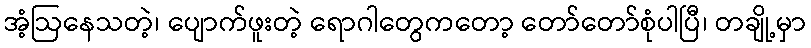
အံ့ဩနေသတဲ့၊ ပျောက်ဖူးတဲ့ ရောဂါတွေကတော့ တော်တော်စုံပါပြီ၊ တချို့မှာ